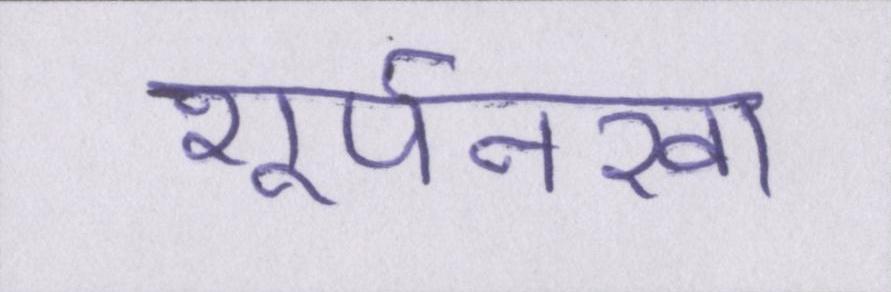
शूर्पनखा